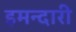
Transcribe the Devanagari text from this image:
इमन्दारी